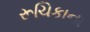
રૂચિકાના